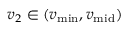
v _ { 2 } \in ( v _ { \operatorname* { m i n } } , v _ { \mathrm { m i d } } )